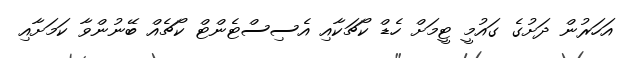
އަހަރުން ދަށުގެ ގައުމީ ޓީމަށް ހެޑް ކޯޗަކާއި އެސިސްޓެންޓް ކޯޗެއް ބޭނުންވާ ކަމަށާއި